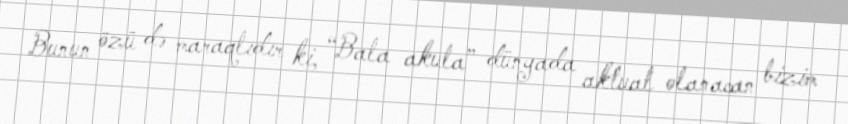
Bunun özü də maraqlıdır ki, “Bala akula” dünyada aktual olanacan bizim